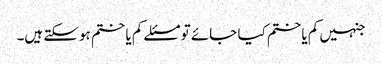
جنہیں کم یا ختم کیا جائے تو مسئلے کم یا ختم ہوسکتے ہیں۔